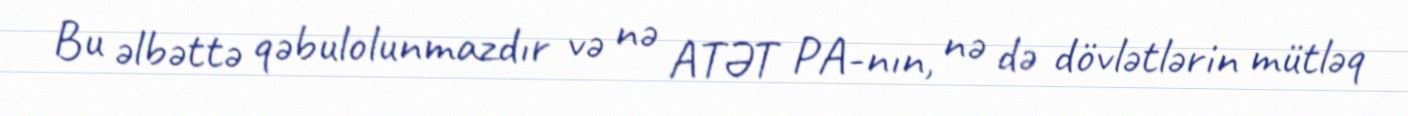
Bu əlbəttə qəbulolunmazdır və nə ATƏT PA-nın, nə də dövlətlərin mütləq